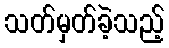
သတ်မှတ်ခဲ့သည့်